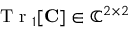
\ensuremath { \mathrm { ~ T ~ r ~ } } _ { 1 } [ \ensuremath { \mathbf { C } } ] \in \mathbb { C } ^ { 2 \times 2 }